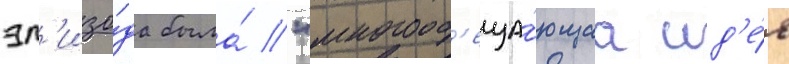
эп'изо́да была́ "многооб'еща́ющаа ид'е́я